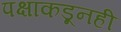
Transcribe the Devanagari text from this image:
पक्षाकडूनही